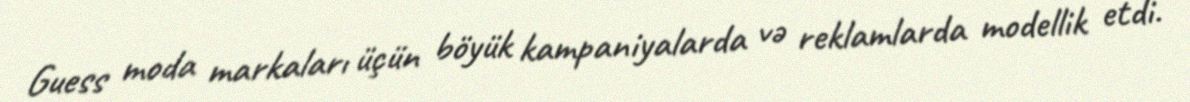
Guess moda markaları üçün böyük kampaniyalarda və reklamlarda modellik etdi.